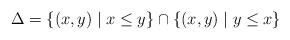
LaTeX: \begin{align*} \Delta=\{(x,y)\mid x\leq y\}\cap\{(x,y)\mid y\leq x\} \end{align*}